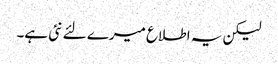
لیکن یہ اطلاع میرے لئے نئی ہے۔